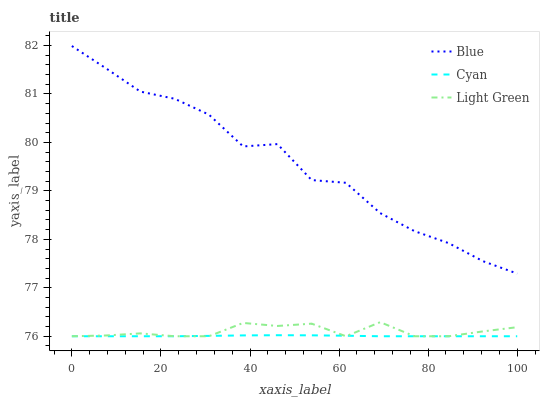
| xaxis_label | Blue | Cyan | Light Green |
 | --- | --- | --- | --- |
 | 0 | 82 | 76 | 76 |
 | 7.69 | 81.5 | 76 | 76 |
 | 15.4 | 81 | 76 | 76.1 |
 | 23.1 | 80.9 | 76 | 76 |
 | 30.8 | 80.6 | 76 | 76 |
 | 38.5 | 79.9 | 76 | 76.3 |
 | 46.2 | 80 | 76 | 76.2 |
 | 53.8 | 79.2 | 76 | 76.3 |
 | 61.5 | 79.2 | 76 | 76 |
 | 69.2 | 78.5 | 76 | 76.3 |
 | 76.9 | 78.2 | 76 | 76 |
 | 84.6 | 77.9 | 76 | 76 |
 | 92.3 | 77.5 | 76 | 76.1 |
 | 100 | 77.3 | 76 | 76.2 |